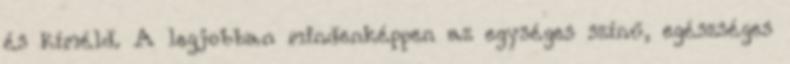
és kíméld. A legjobban mindenképpen az egységes színű, egészséges